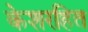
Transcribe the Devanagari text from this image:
केशरहित